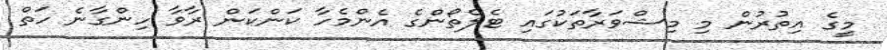
މީގެ އިތުރުން މި މިޝްވަރާތަކުގައި ޓެލެތޯންގެ އެންމެހާ ކަންކަން ރާވާ ހިންގާނެ ހަތް